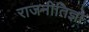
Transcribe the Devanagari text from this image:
राजनीतिज्ञो